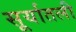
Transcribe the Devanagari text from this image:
सूर्यातली